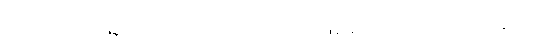
တောင့်တခြင်းတဏှာကင်းသည်ဖြစ်၍။ နိလ္လောဘပါပေါ၊